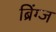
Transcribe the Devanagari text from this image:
ब्रिंग्ज